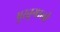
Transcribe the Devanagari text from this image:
पुरतुगाली